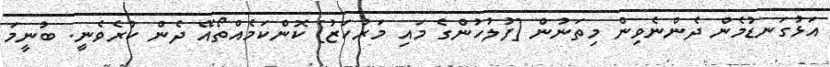
އަޅުގަނޑުމެން ދެންނެވިން މިތަނުން [ފުލުހުންގެ މައި މަރުކަޒު] ކޮންކަމެއްތޯއޭ ދެން ކުރެވެނީ. ބުނީމަ